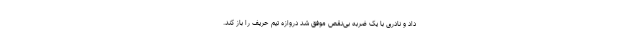
داد و نادری با یک ضربه بی‌نقص موفق شد دروازه تیم حریف را باز کند.